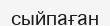
сыйпаған